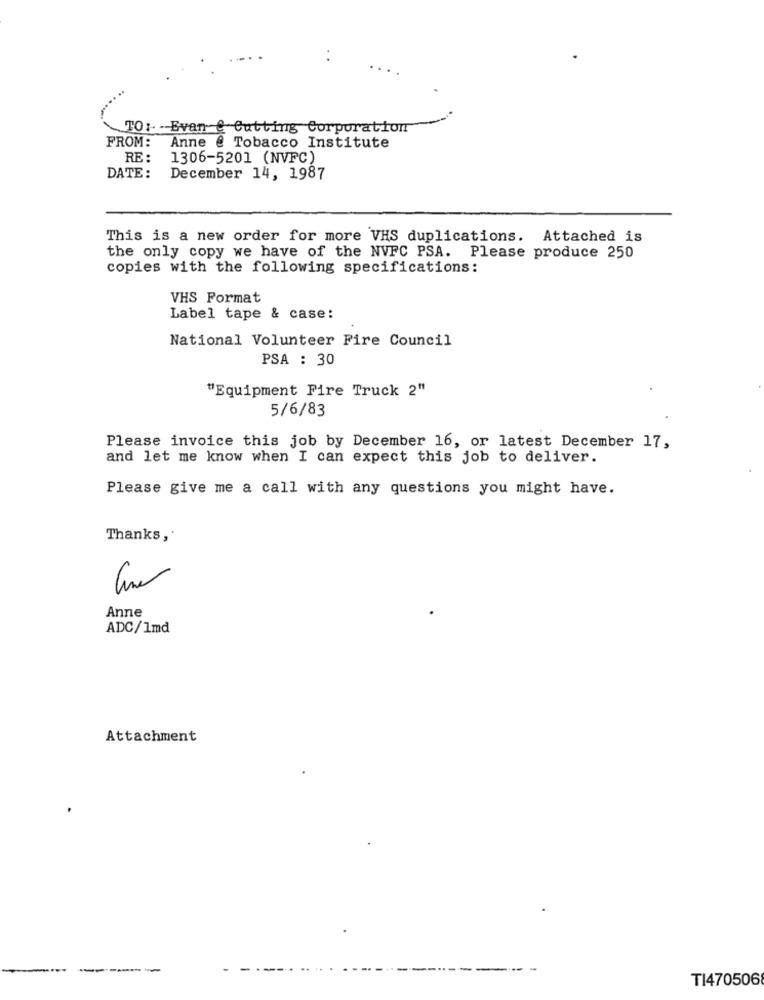
..
TO: - Evan & Cutting Corporation
FROM:
Anne @ Tobacco Institute
RE :
1306-5201 (NVFC)
DATE:
December 14, 1987
This is a new order for more VHS duplications. Attached is
the only copy we have of the NVFC PSA. Please produce 250
copies with the following specifications:
VHS Format
Label tape & case:
National Volunteer Fire Council
PSA : 30
"Equipment Fire Truck 2"
5/6/83
Please invoice this job by December 16, or latest December 17,
and let me know when I can expect this job to deliver.
Please give me a call with any questions you might have.
Thanks,
3
Anne
ADC/1md
Attachment
------
T1470506